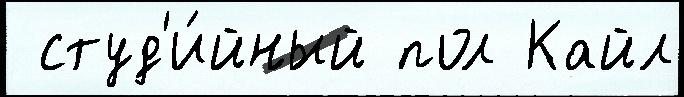
 студ'и́йный пол Кайл